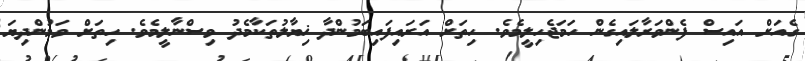
ގެއަށް އައިސް ފެންވަރާލައިގެން ހަމަޖެހިލީމެވެ. ހިތަށް އަރައިފައިބަމުންދާ ޚިޔާލުތަކާމެދު ވިސްނާލީމެވެ. ހިތަށް ވަމުންދިޔަ